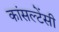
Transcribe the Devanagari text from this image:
कांसल्टेंसी